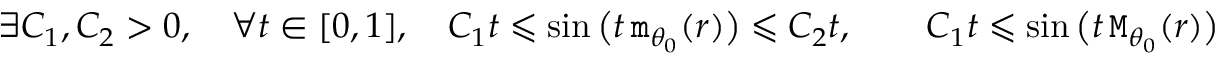
\exists C _ { 1 } , C _ { 2 } > 0 , \quad \forall t \in [ 0 , 1 ] , \quad C _ { 1 } t \leqslant \sin \big ( t \, \mathtt { m } _ { \theta _ { 0 } } ( r ) \big ) \leqslant C _ { 2 } t , \qquad C _ { 1 } t \leqslant \sin \big ( t \, \mathtt { M } _ { \theta _ { 0 } } ( r ) \big ) \leqslant C _ { 2 } t .